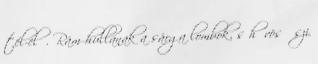
tél-elő. Rám hullanak a sárga lombok, s hűvös őszi